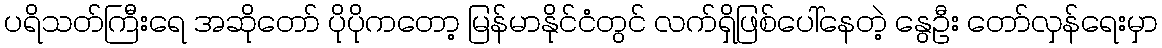
ပရိသတ်ကြီးရေ အဆိုတော် ပိုပိုကတော့ မြန်မာနိုင်ငံတွင် လက်ရှိဖြစ်ပေါ်နေတဲ့ နွေဦး တော်လှန်ရေးမှာ